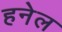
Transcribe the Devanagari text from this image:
हनेल